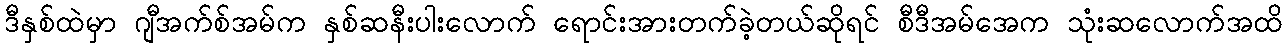
ဒီနှစ်ထဲမှာ ဂျီအက်စ်အမ်က နှစ်ဆနီးပါးလောက် ရောင်းအားတက်ခဲ့တယ်ဆိုရင် စီဒီအမ်အေက သုံးဆလောက်အထိ